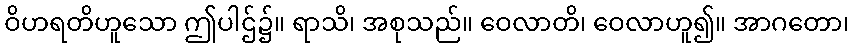
ဝိဟရတိဟူသော ဤပါဌ်၌။ ရာသိ၊ အစုသည်။ ဝေလာတိ၊ ဝေလာဟူ၍။ အာဂတော၊